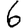
Digit: 6